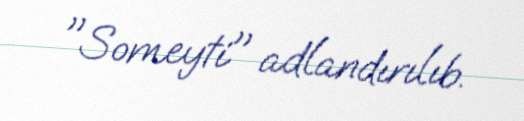
"Someyti" adlandırılıb.